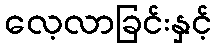
လေ့လာခြင်းနှင့်